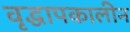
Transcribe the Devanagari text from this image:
वृद्धापकालीन